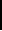
|